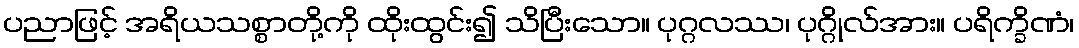
ပညာဖြင့် အရိယသစ္စာတို့ကို ထိုးထွင်း၍ သိပြီးသော။ ပုဂ္ဂလဿ၊ ပုဂ္ဂိုလ်အား။ ပရိက္ခိဏံ၊